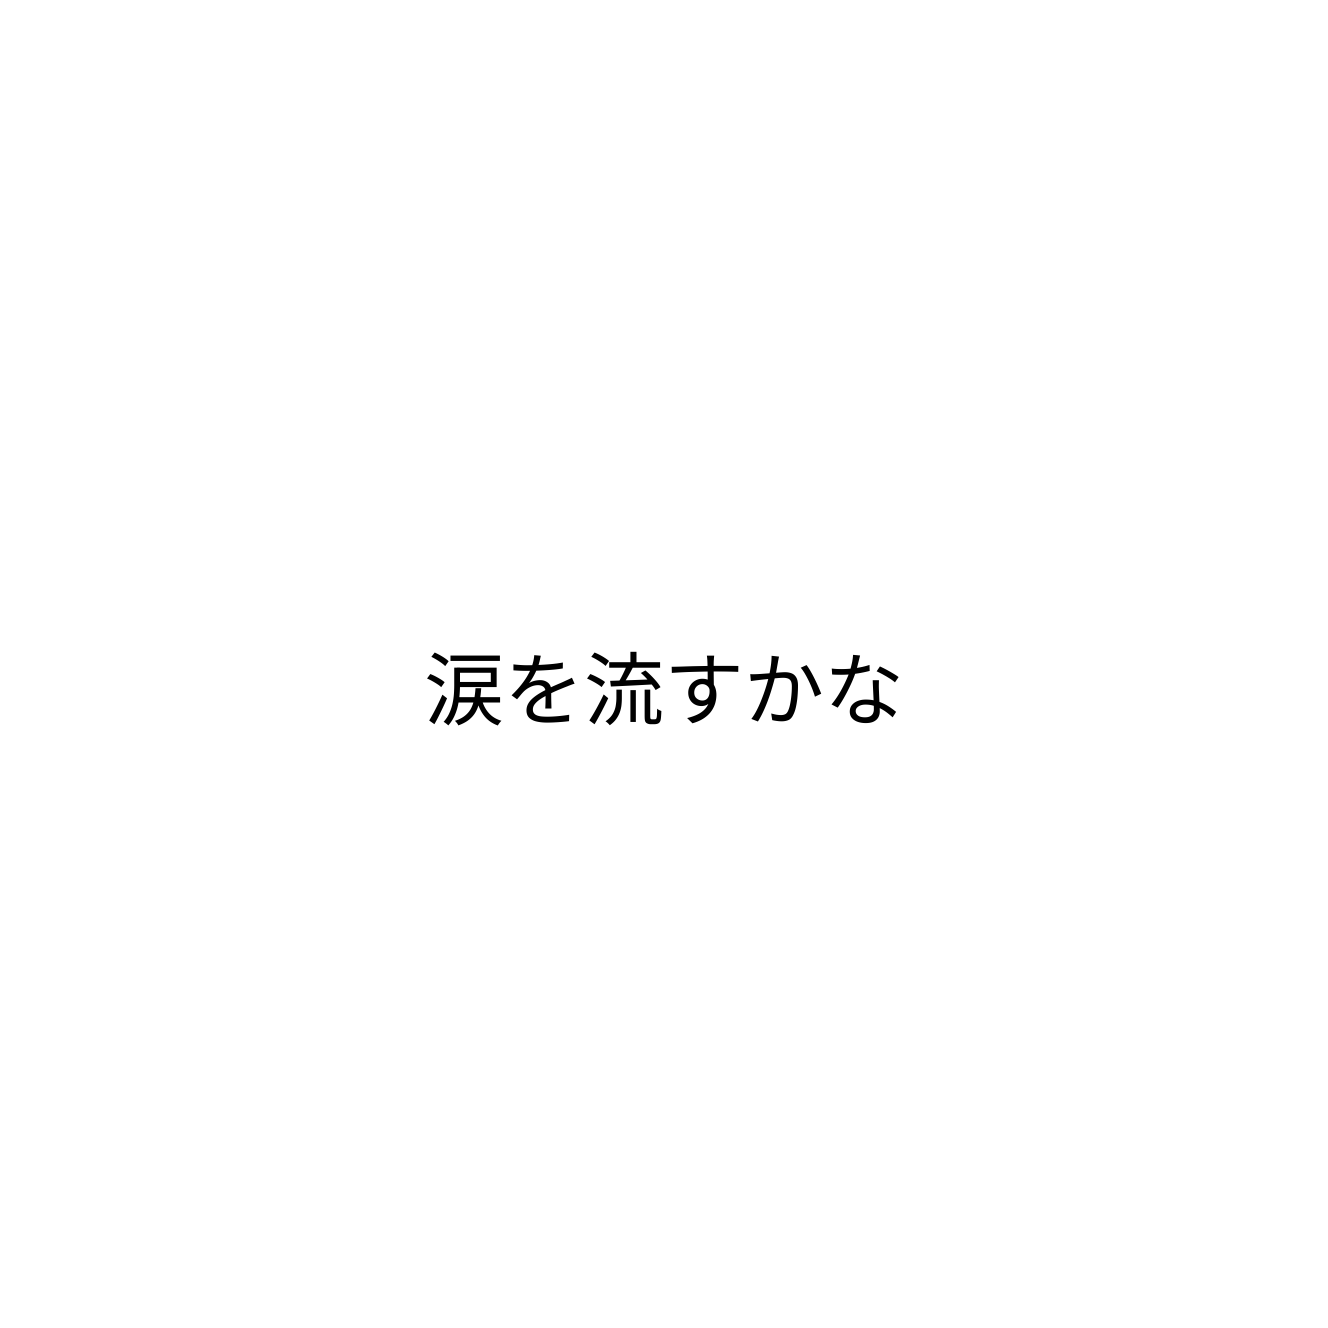
涙を流すかな